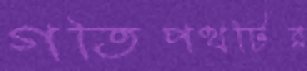
গতিপথটির